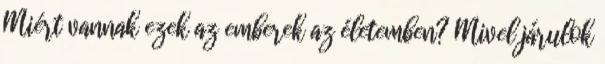
Miért vannak ezek az emberek az életemben? Mivel járulok